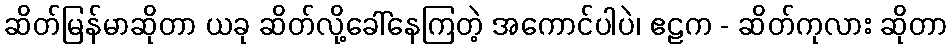
ဆိတ်မြန်မာဆိုတာ ယခု ဆိတ်လို့ခေါ်နေကြတဲ့ အကောင်ပါပဲ၊ ဧဠက - ဆိတ်ကုလား ဆိုတာ